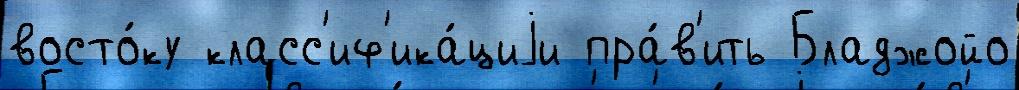
восто́ку класс'иф'ика́циjи пра́в'ить Бладжойо